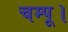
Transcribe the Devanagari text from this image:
चम्पू।